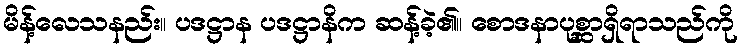
မိန့်လေသနည်း။ ပဒဋ္ဌာန ပဒဋ္ဌာနိက ဆန့်ခဲ့၏။ စောဒနာပုစ္ဆာရှိရာသည်ကို